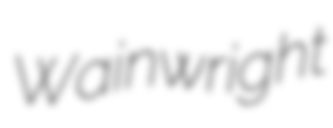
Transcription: Wainwright